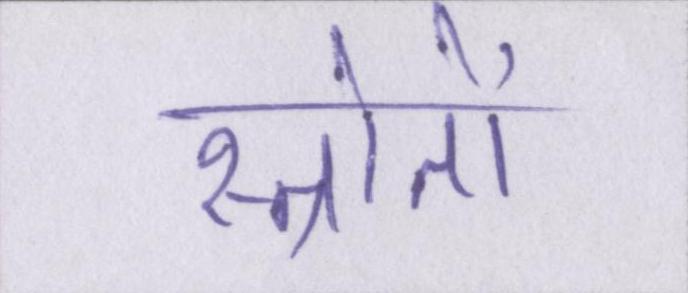
स्त्रोतों